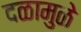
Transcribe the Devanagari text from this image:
दळामुळे